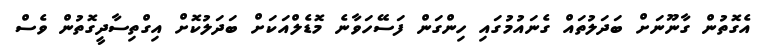
އެގޮތުން ގާނޫނަށް ބަދަލުތައް ގެނައުމުގައި ހިންގަން ފަސޭހަވާނެ މޮޑެލްއަކަށް ބަދަލުކޮށް އިގްތިސާދީގޮތުން ވެސް